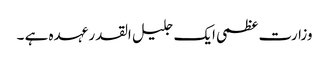
وزارت عظمی ایک جلیل القدر عہدہ ہے ۔